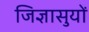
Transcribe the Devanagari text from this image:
जिज्ञासुयों